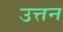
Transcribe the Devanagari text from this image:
उत्तन